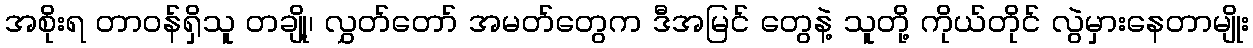
အစိုးရ တာဝန်ရှိသူ တချို့၊ လွှတ်တော် အမတ်တွေက ဒီအမြင် တွေနဲ့ သူတို့ ကိုယ်တိုင် လွဲမှားနေတာမျိုး